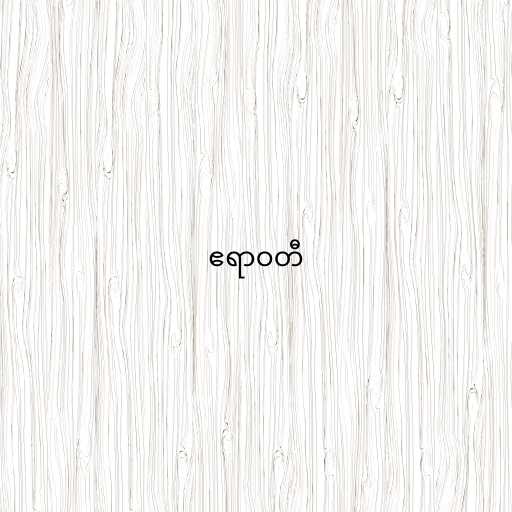
ဧရာဝတီ